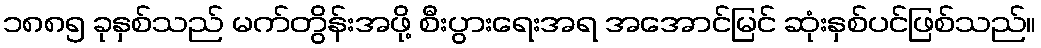
၁၈၈၅ ခုနှစ်သည် မက်တွိန်းအဖို့ စီးပွားရေးအရ အအောင်မြင် ဆုံးနှစ်ပင်ဖြစ်သည်။